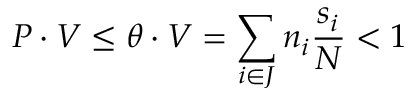
P \cdot V \le \theta \cdot V = \sum _ { i \in J } n _ { i } \frac { s _ { i } } { N } < 1